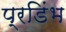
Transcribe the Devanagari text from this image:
प्रडिंभ